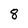
Character: 8